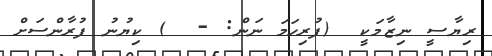
ރިޔާސީ ނިޒާމަކީ  (ފުރިހަމަ ނަން: -  ) ކިޔުނު ފުރާންސަށް